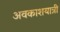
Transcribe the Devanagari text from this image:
अवकाशयात्री